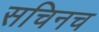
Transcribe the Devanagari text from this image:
सचिनच